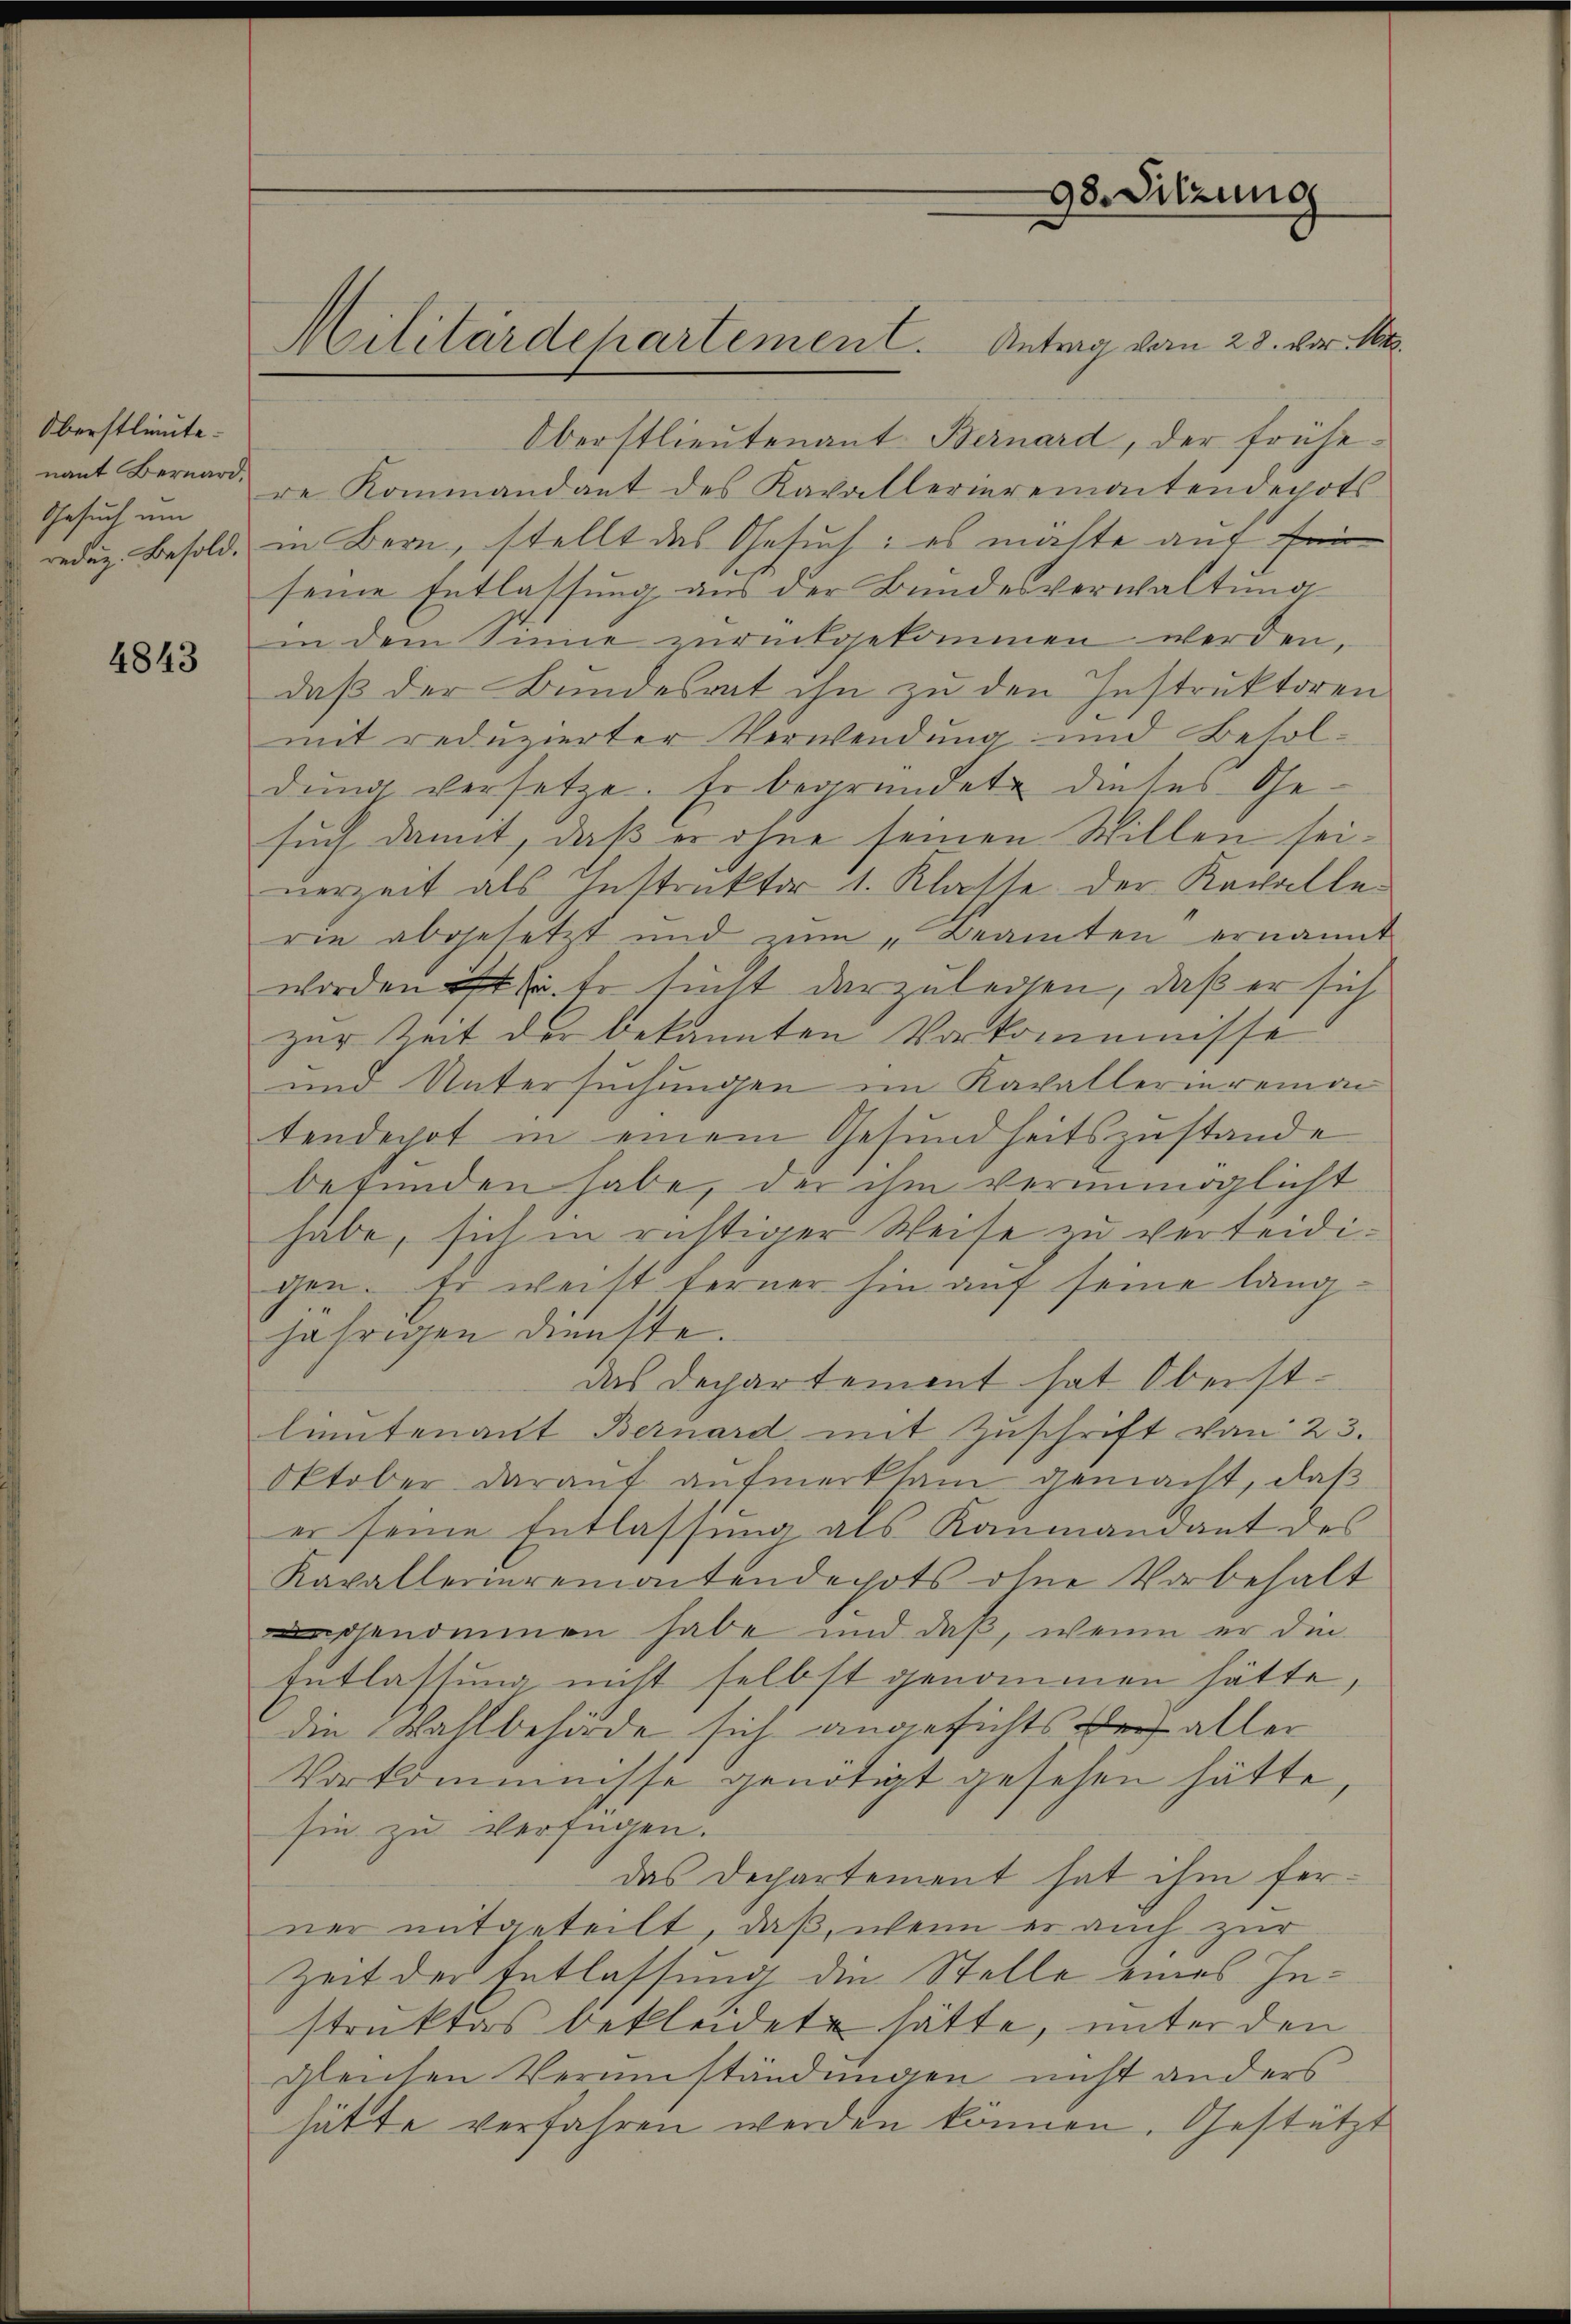
Oberstlieute.
nant Bernard,
Gesuch um
reduz. Besold.

4843

Oberstlieutenant. Bernard, der frühere Kommandant des Kavallerierenantendepots
in Bern, stellt das Gesuch: es machte auf fei
seine Entlassung aus der Bundesverwaltung
in dem Sinne zurückgekommen werden.
daß der Bundesrat ihn zu den Instruktoren
mit reduzierter Verwendung und Besoldung versetze. Er begründete dieses Gesuch damit, daß er ohne seinen Willen seinerzeit als Instruktor 1. Klasse der Kavallerin abgesetzt und zum „Beamten ernannt
worden ist ste sucht darzulegen, daß er sich
zur Zeit der bekannten Vorkommnisse
und Untersuchungen im Kavallerieremon
tendepot in einem Gesundheitszustande
befunden habe, der ihm verunmöglicht
habe, sich in rüstiger Weise zu verteidigen. Es weist ferner hin auf seine längjährigen Dienste.
das Departement hat Oberstlinutenant Bernard mit Zuschrift von 23.
Oktober darauf aufmerksam gemacht, daß
er seine Entlassung als Kanmandant des
Kavallerieremontendepots ohne Vorbehalt
genommen habe und daß, wenn er die
Entlassung nicht selbst genommen hätte,
die Wahlbehörde sich angesichts auf aller
Vorkommnisse genötigt gesehen hätte,
sin zu verfügen.
das Departement hat ihm ferner mitgeteilt, daß, wenn er auch zur
Zeit der Entlassung die Stelle eines Instruktes bekleidete hätte, unter den
gleichen Verumständungen nicht anders
hätte verfahren werden können. Gestützt

Militärdepartement. Antrag vom 28. vor. Mt.

98. Sitzung